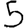
Digit: 5